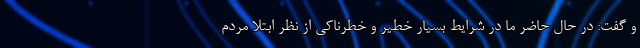
و گفت: در حال حاضر ما در شرایط بسیار خطیر و خطرناکی از نظر ابتلا مردم